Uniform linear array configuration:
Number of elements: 12
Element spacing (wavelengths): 0.5
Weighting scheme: blackman
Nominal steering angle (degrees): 0
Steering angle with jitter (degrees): -0.3872
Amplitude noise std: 0.05
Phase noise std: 0.05

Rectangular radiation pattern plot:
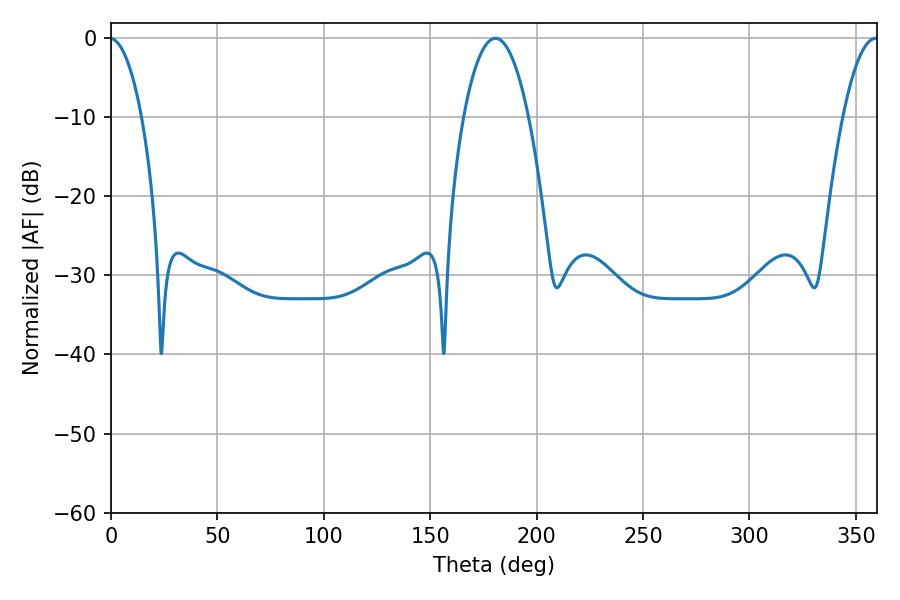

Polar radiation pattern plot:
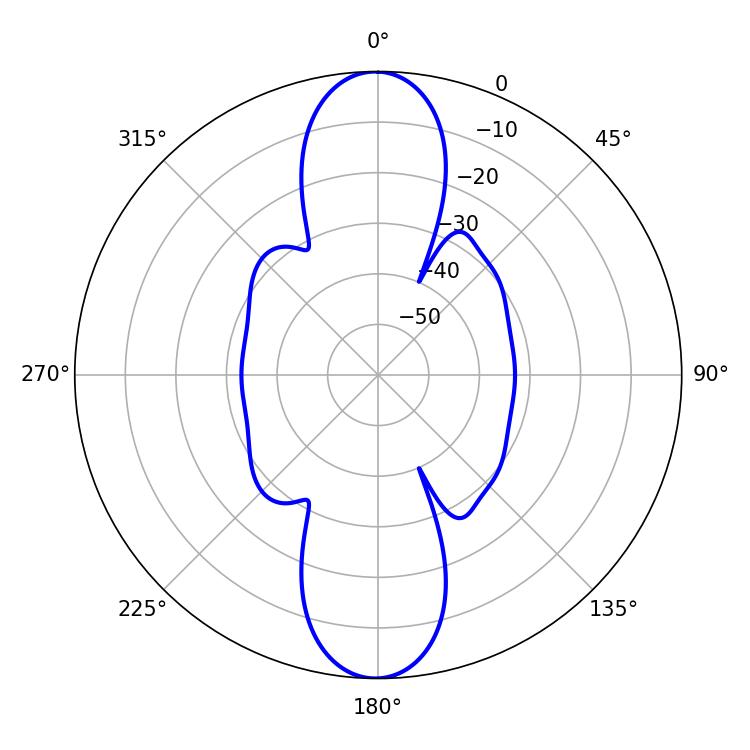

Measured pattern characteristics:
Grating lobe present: FALSE
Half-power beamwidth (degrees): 16.92
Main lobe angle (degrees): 180.72